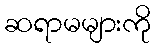
ဆရာမများကို